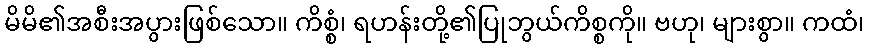
မိမိ၏အစီးအပွားဖြစ်သော။ ကိစ္စံ၊ ရဟန်းတို့၏ပြုဘွယ်ကိစ္စကို။ ဗဟု၊ များစွာ။ ကထံ၊